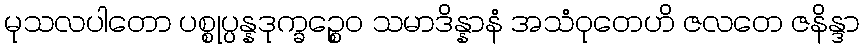
မုသလပါတော ပစ္စုပ္ပန္နဒုက္ခဉ္စေဝ သမာဒိန္နာနံ အသံဝုတေဟိ ဇလတေ ဇနိန္ဒာ